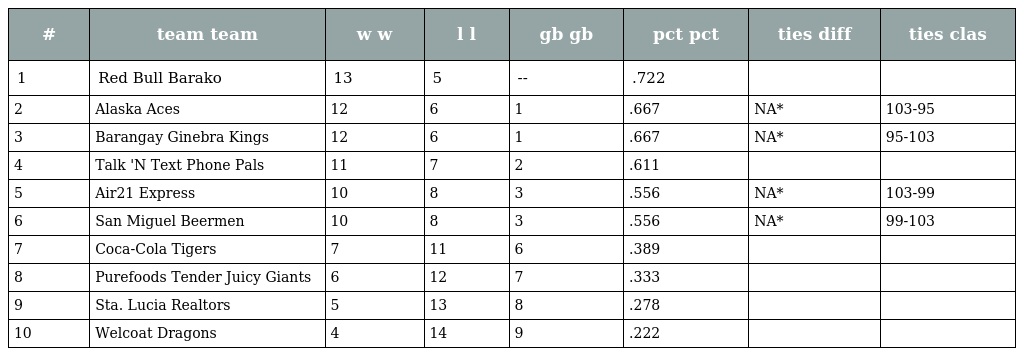
| # | team team | w w | l l | gb gb | pct pct | ties diff | ties clas |
 | --- | --- | --- | --- | --- | --- | --- | --- |
 | 1 | Red Bull Barako | 13 | 5 | -- | .722 |  |  |
 | 2 | Alaska Aces | 12 | 6 | 1 | .667 | NA* | 103-95 |
 | 3 | Barangay Ginebra Kings | 12 | 6 | 1 | .667 | NA* | 95-103 |
 | 4 | Talk 'N Text Phone Pals | 11 | 7 | 2 | .611 |  |  |
 | 5 | Air21 Express | 10 | 8 | 3 | .556 | NA* | 103-99 |
 | 6 | San Miguel Beermen | 10 | 8 | 3 | .556 | NA* | 99-103 |
 | 7 | Coca-Cola Tigers | 7 | 11 | 6 | .389 |  |  |
 | 8 | Purefoods Tender Juicy Giants | 6 | 12 | 7 | .333 |  |  |
 | 9 | Sta. Lucia Realtors | 5 | 13 | 8 | .278 |  |  |
 | 10 | Welcoat Dragons | 4 | 14 | 9 | .222 |  |  |